画像に写った文字を読んでください
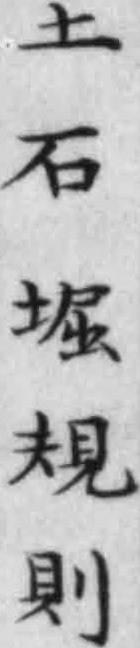
「土石堀規則」と書いてあります